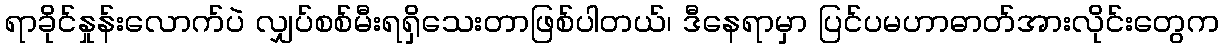
ရာခိုင်နှုန်းလောက်ပဲ လျှပ်စစ်မီးရရှိသေးတာဖြစ်ပါတယ်၊ ဒီနေရာမှာ ပြင်ပမဟာဓာတ်အားလိုင်းတွေက